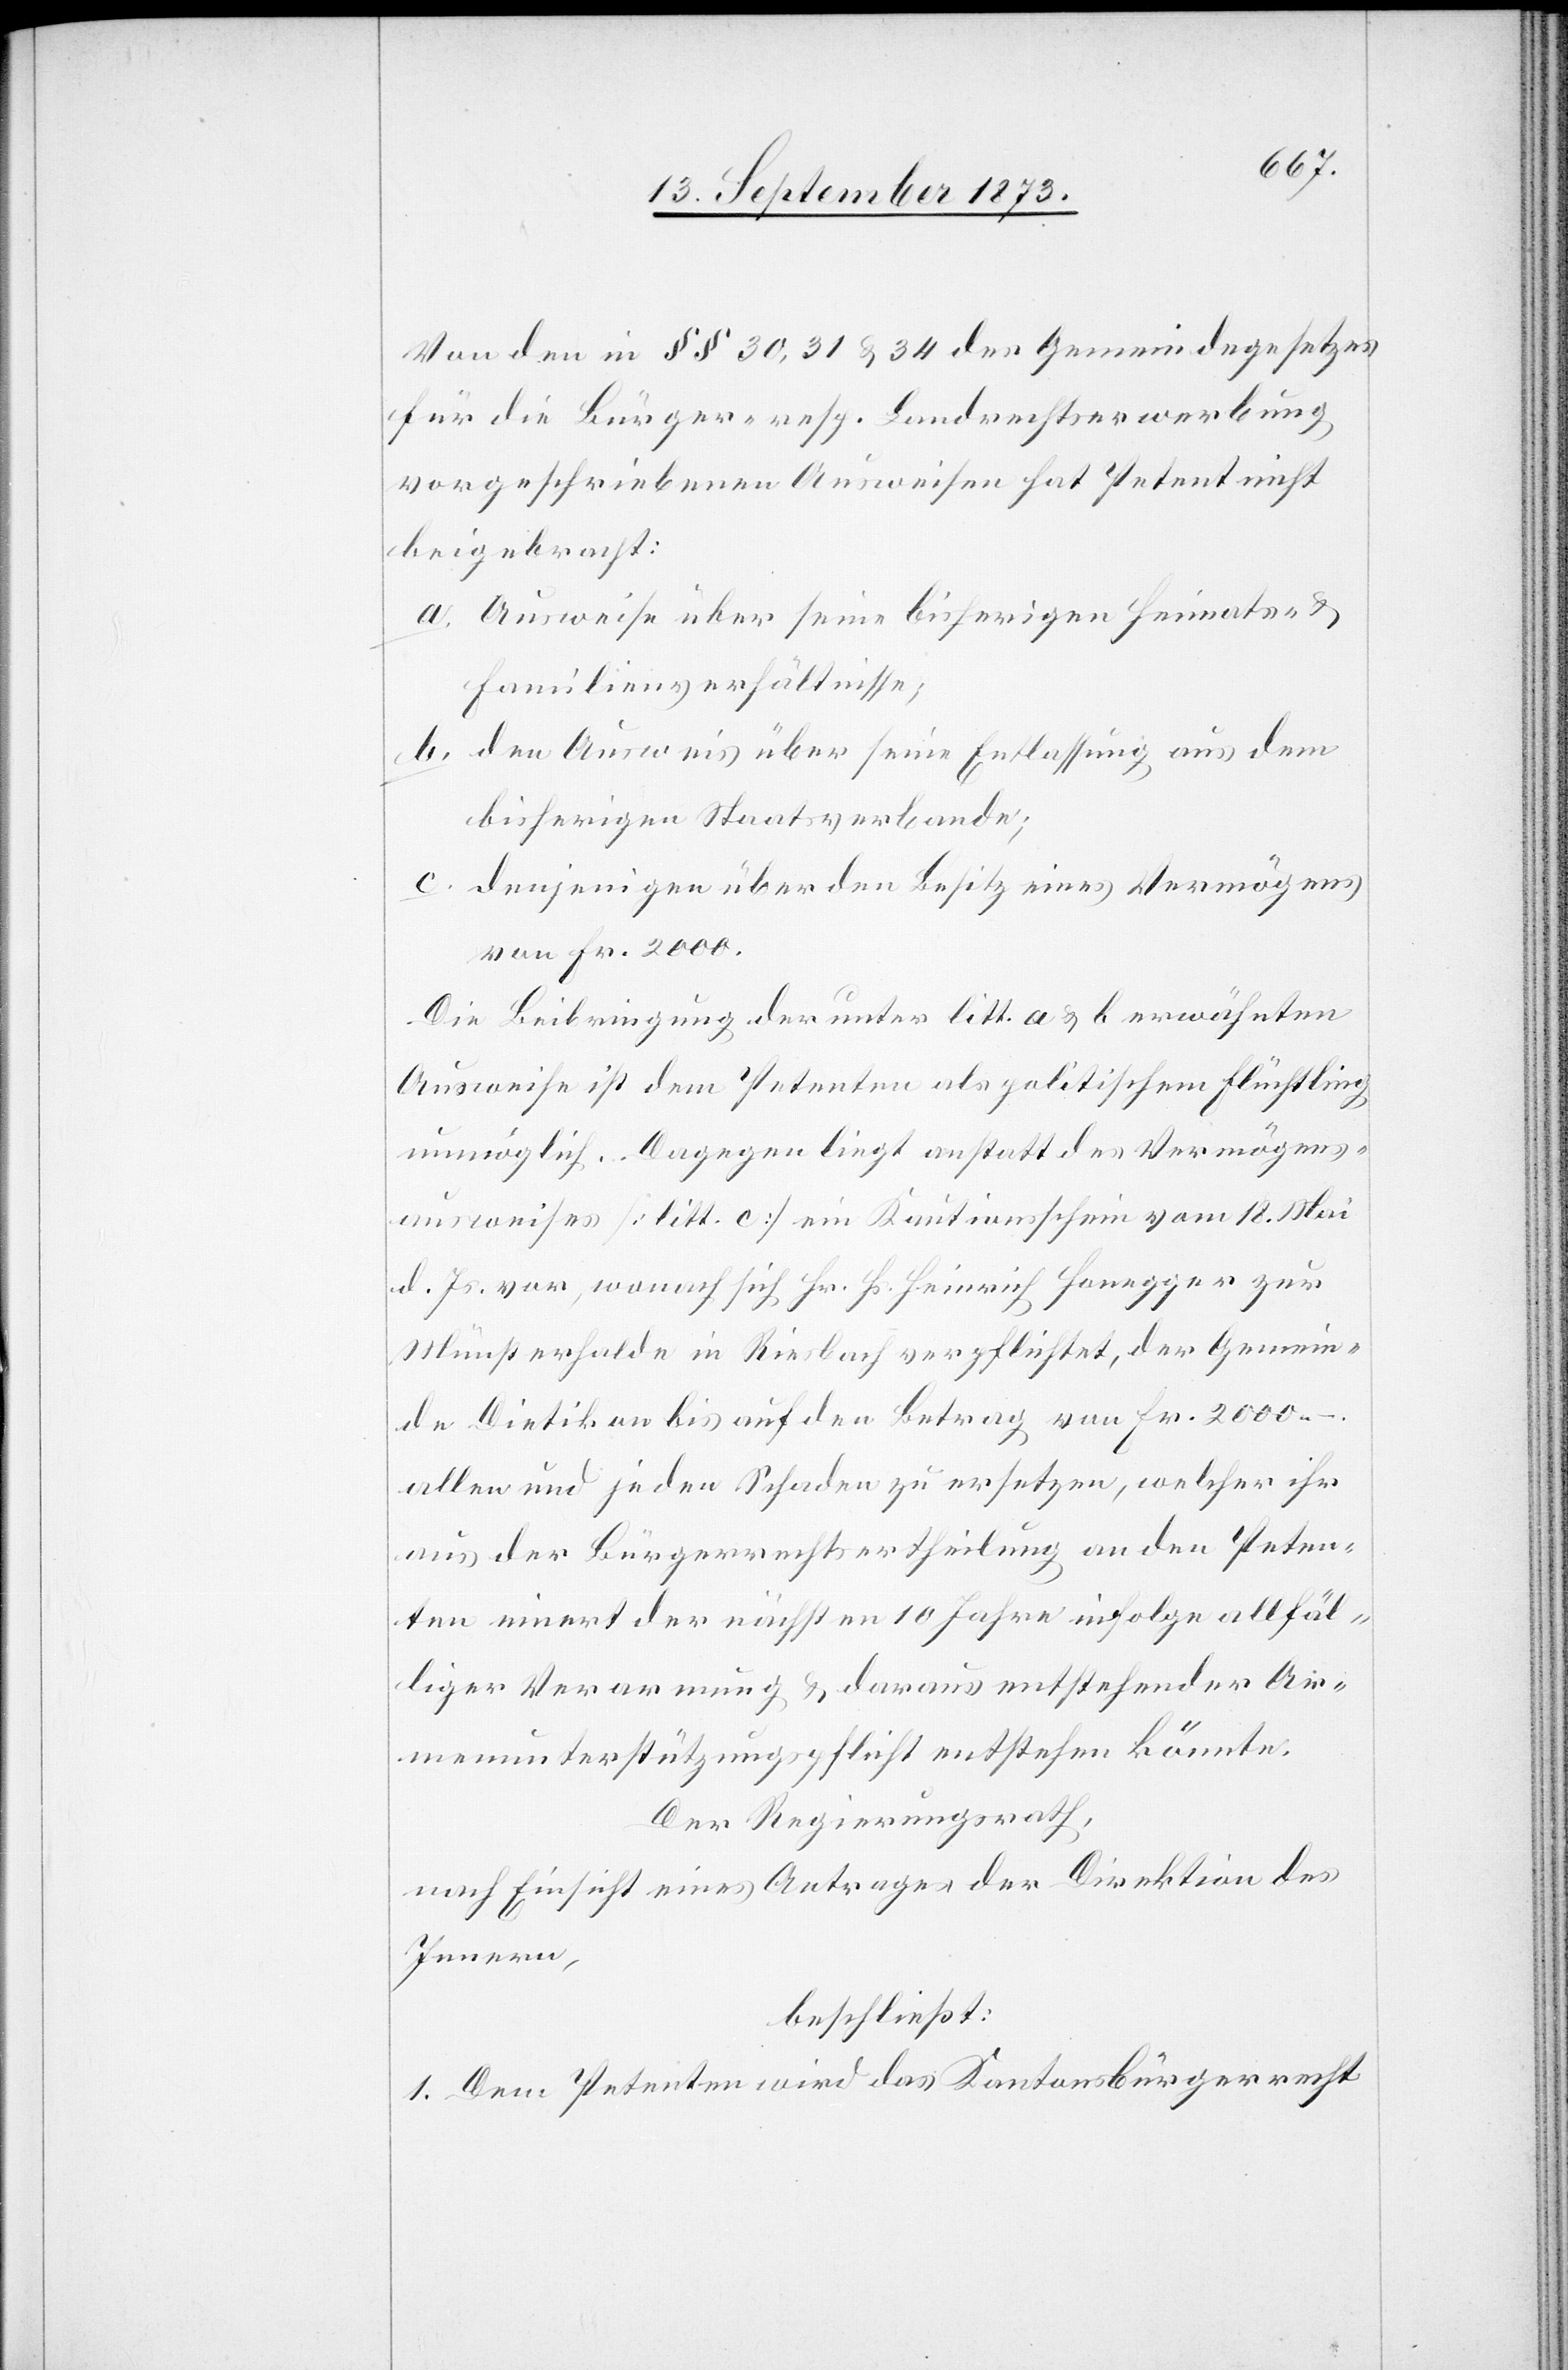
Von den in §§ 30, 31 & 34 des Gemeindegesetzes
für die Bürger- resp. Landrechtserwerbung
vorgeschriebenen Ausweisen hat Petent nicht
beigebracht:
a. Ausweise über seine bisherigen Heimats- &
Familienverhältnisse;
b. den Ausweis über seine Entlassung aus dem
bisherigen Staatsverbande;
c. denjenigen über den Besitz eines Vermögens
von Fr. 2 000.
Die Beibringung der unter litt. a & b erwähnten
Ausweise ist dem Petenten als politischem Flüchtling
unmöglich. Dagegen liegt anstatt des Vermögens¬
ausweises [litt. c] ein Kautionsschein vom 18. Mai
d. Js. vor, wonach sich Hr. Hs. Heinrich Honegger zur
Münsterhalde in Riesbach verpflichtet, der Gemein¬
de Dietikon bis auf den Betrag von Fr. 2 000 –.
allen und jeden Schaden zu ersetzen, welcher ihr
aus der Bürgerrechtsertheilung an den Peten¬
ten innert der nächsten 10 Jahre infolge allfäl¬
liger Verarmung & daraus entstehender Ar¬
menunterstützungspflicht entstehen könnte.
Der Regierungsrath,
nach Einsicht eines Antrages der Direktion des
Innern,
beschließt:
1. Dem Petenten wird das Kantonsbürgerrecht